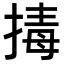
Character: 𭡡